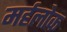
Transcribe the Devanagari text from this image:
मर्हलोक